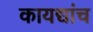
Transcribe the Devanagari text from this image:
कायद्यांच